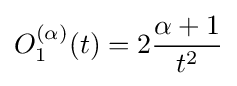
O_{1}^{(\alpha )}(t)=2{\frac {\alpha +1}{t^{2}}}